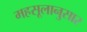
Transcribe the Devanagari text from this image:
महसूलानुसार